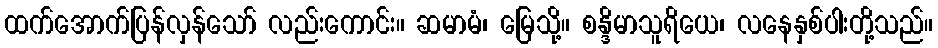
ထက်အောက်ပြန်လှန်သော် လည်းကောင်း။ ဆမာမံ၊ မြေသို့။ စန္ဒိမာသူရိယေ၊ လနေနှစ်ပါးတို့သည်။